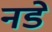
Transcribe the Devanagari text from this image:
नडे